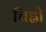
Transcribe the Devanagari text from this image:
चिह्नो